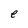
Character: e